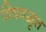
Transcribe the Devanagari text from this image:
विषवद्वृत्त